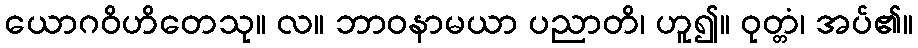
ယောဂဝိဟိတေသု။ လ။ ဘာဝနာမယာ ပညာတိ၊ ဟူ၍။ ဝုတ္တံ၊ အပ်၏။